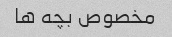
مخصوص بچه ها